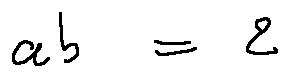
a b = 2